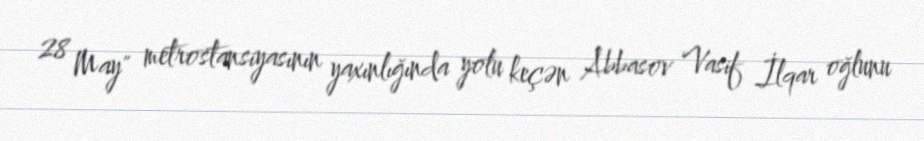
28 May" metrostansiyasının yaxınlığında yolu keçən Abbasov Vasif İlqar oğlunu